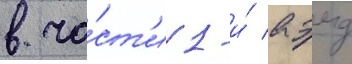
в ча́ст'и 1-и́ аэмд